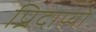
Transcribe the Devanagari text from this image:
प्रिदाप्यो